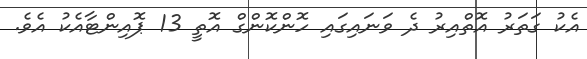
އެކު ގަތަރު އޮތްއިރު ދެ ވަނައިގައި ހޮންކޮންގް އޮތީ 13 ޕޮއިންޓާއެކު އެވެ.